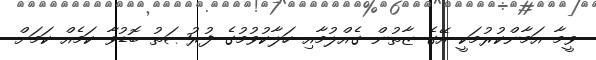
ވީމާ އަމާންކުރުމަކީ އޭގެ ޒާތުން ގެއްލުމާއި ހަލާކުވުމުގެ ފުރުޞަތު ބޮޑުވާ ކަމެއް ކަމަށް